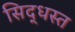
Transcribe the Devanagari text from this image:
सिद्धस्त